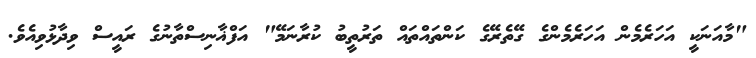
"މާއަނަކީ އަހަރެމެން އަހަރެމެންގެ ގޭތެރޭގެ ކަންތައްތައް ތަރުތީބު ކުރާނަމޭ" އަފްޣާނިސްތާނުގެ ރައީސް ވިދާޅުވިއެވެ.